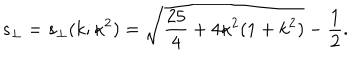
LaTeX: s _ { \perp } = s _ { \perp } ( k ; \kappa ^ { 2 } ) = \sqrt { \frac { 2 5 } { 4 } + 4 \kappa ^ { 2 } ( 1 + k ^ { 2 } ) } - \frac 1 2 .